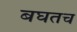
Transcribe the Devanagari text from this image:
बघतच